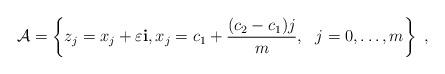
LaTeX: \begin{align*}{\cal{A}}=\left\{z_j=x_j+\varepsilon{\bf i},x_j=c_1+\frac{(c_2-c_1)j}{m}, ~~ j=0,\ldots,m\right\}~,\end{align*}